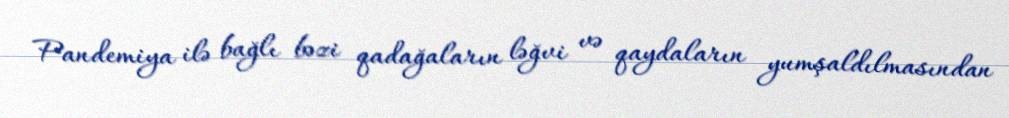
Pandemiya ilə bağlı bəzi qadağaların ləğvi və qaydaların yumşaldılmasından